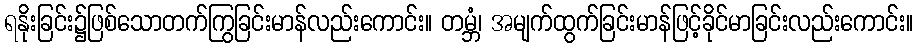
ရနိုးခြင်း၌ဖြစ်သောတက်ကြွခြင်းမာန်လည်းကောင်း။ တမ္ဘံ၊ အမျက်ထွက်ခြင်းမာန်ဖြင့်ခိုင်မာခြင်းလည်းကောင်း။